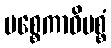
ပစ္စေကာဓိပစ္စံ